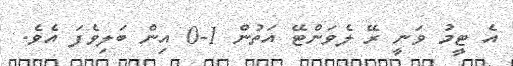
އެ ޓީމު ވަނީ ރޭ ލެވަންޓޭ އަތުން 1-0 އިން ބަލިވެފަ އެވެ.